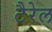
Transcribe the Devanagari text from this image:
टैरेल